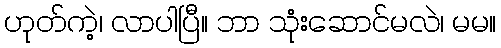
ဟုတ်ကဲ့၊ လာပါပြီ။ ဘာ သုံးဆောင်မလဲ၊ မမ။